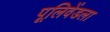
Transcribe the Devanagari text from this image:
पूलिवेंडला